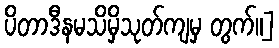
ပိတာဒီနမသိမှိသုတ်ကျမှ တွက်။]